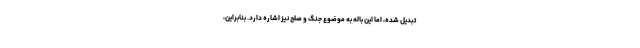
تبدیل شده، اما این باله به موضوع جنگ و صلح نیز اشاره دارد. بنابراین،